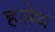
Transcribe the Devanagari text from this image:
हलेथ